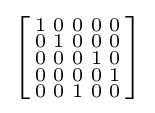
\left[{\begin{smallmatrix}1&0&0&0&0\\0&1&0&0&0\\0&0&0&1&0\\0&0&0&0&1\\0&0&1&0&0\\\end{smallmatrix}}\right]